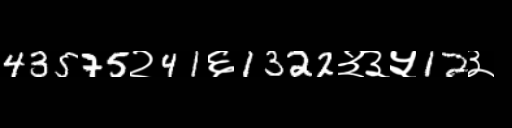
Text: 43575२41६1322३३५12३